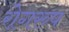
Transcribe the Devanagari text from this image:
रोगरुप